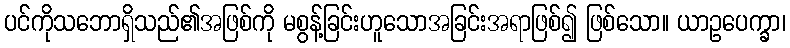
ပင်ကိုသဘောရှိသည်၏အဖြစ်ကို မစွန့်ခြင်းဟူသောအခြင်းအရာဖြစ်၍ ဖြစ်သော။ ယာဥပေက္ခာ၊